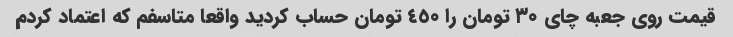
قیمت روی جعبه چای ٣٠ تومان را ٤٥٠ تومان حساب کردید واقعا متاسفم که اعتماد کردم